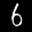
Label: 6